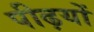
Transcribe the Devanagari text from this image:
पीढ़यों